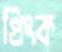
প্রিংক